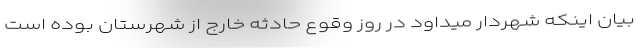
بیان اینکه شهردار میداود در روز وقوع حادثه خارج از شهرستان بوده است